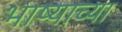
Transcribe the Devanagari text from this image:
भाष्याच्या